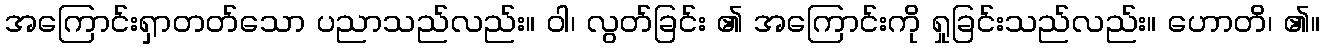
အကြောင်းရှာတတ်သော ပညာသည်လည်း။ ဝါ၊ လွတ်ခြင်း ၏ အကြောင်းကို ရှုခြင်းသည်လည်း။ ဟောတိ၊ ၏။